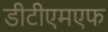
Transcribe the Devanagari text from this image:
डीटीएमएफ